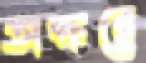
অক্ষরে